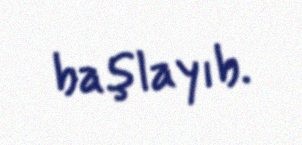
başlayıb.